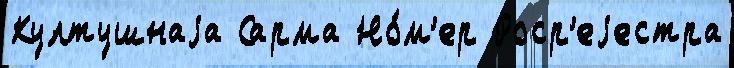
Култушнаjа Сарма Но́м'ер Роср'еjестра